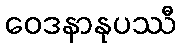
ဝေဒနာနုပဿီ